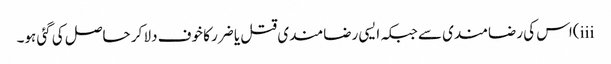
iii)اس کی رضامندی سے جبکہ ایسی رضامندی قتل یا ضرر کا خوف دلا کر حاصل کی گئی ہو۔